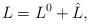
LaTeX: \begin{align*}L=L^0+\hat L,\end{align*}